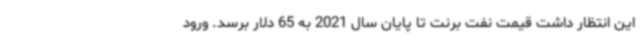
این انتظار داشت قیمت نفت برنت تا پایان سال 2021 به 65 دلار برسد. ورود